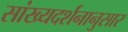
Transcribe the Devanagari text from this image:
सांख्यदर्शनानुसार